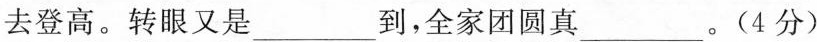
。转眼又是___到，全家团圆真___。(4分)